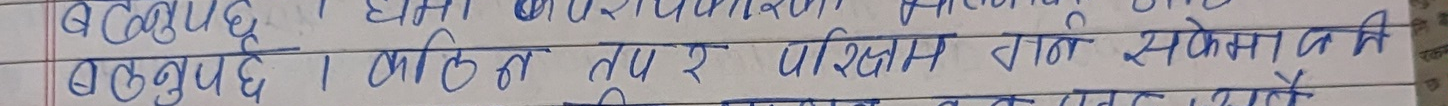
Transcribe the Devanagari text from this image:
बढ्नुपर्छ । कति ताप र परिणाम गर्न सकेनन भने